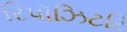
રિપૉઝિટરિ